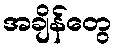
အချိန်တွေ